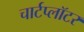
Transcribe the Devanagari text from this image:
चार्टप्लॉटर